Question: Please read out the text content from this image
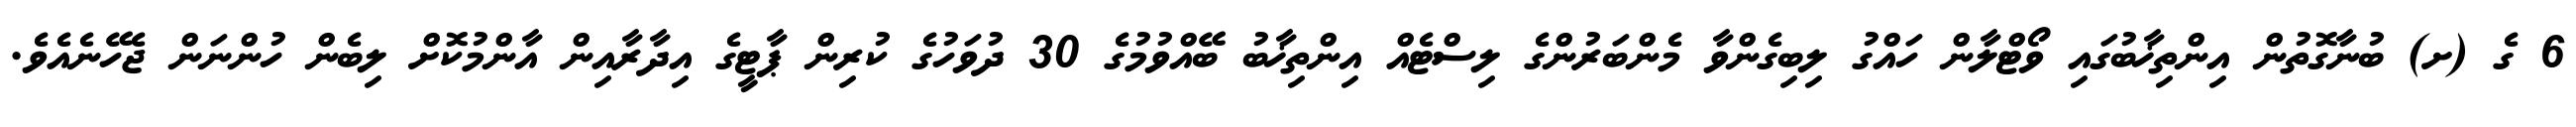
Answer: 6 ގެ (ށ) ބުނާގޮތުން އިންތިޚާބުގައި ވޯޓްލާން ހައްގު ލިބިގެންވާ މެންބަރުންގެ ލިސްޓެއް އިންތިޚާބު ބޭއްވުމުގެ 30 ދުވަހުގެ ކުރިން ޕާޓީގެ އިދާރާއިން އާންމުކޮށް ލިބެން ހުންނަން ޖެހޭނެއެވެ.